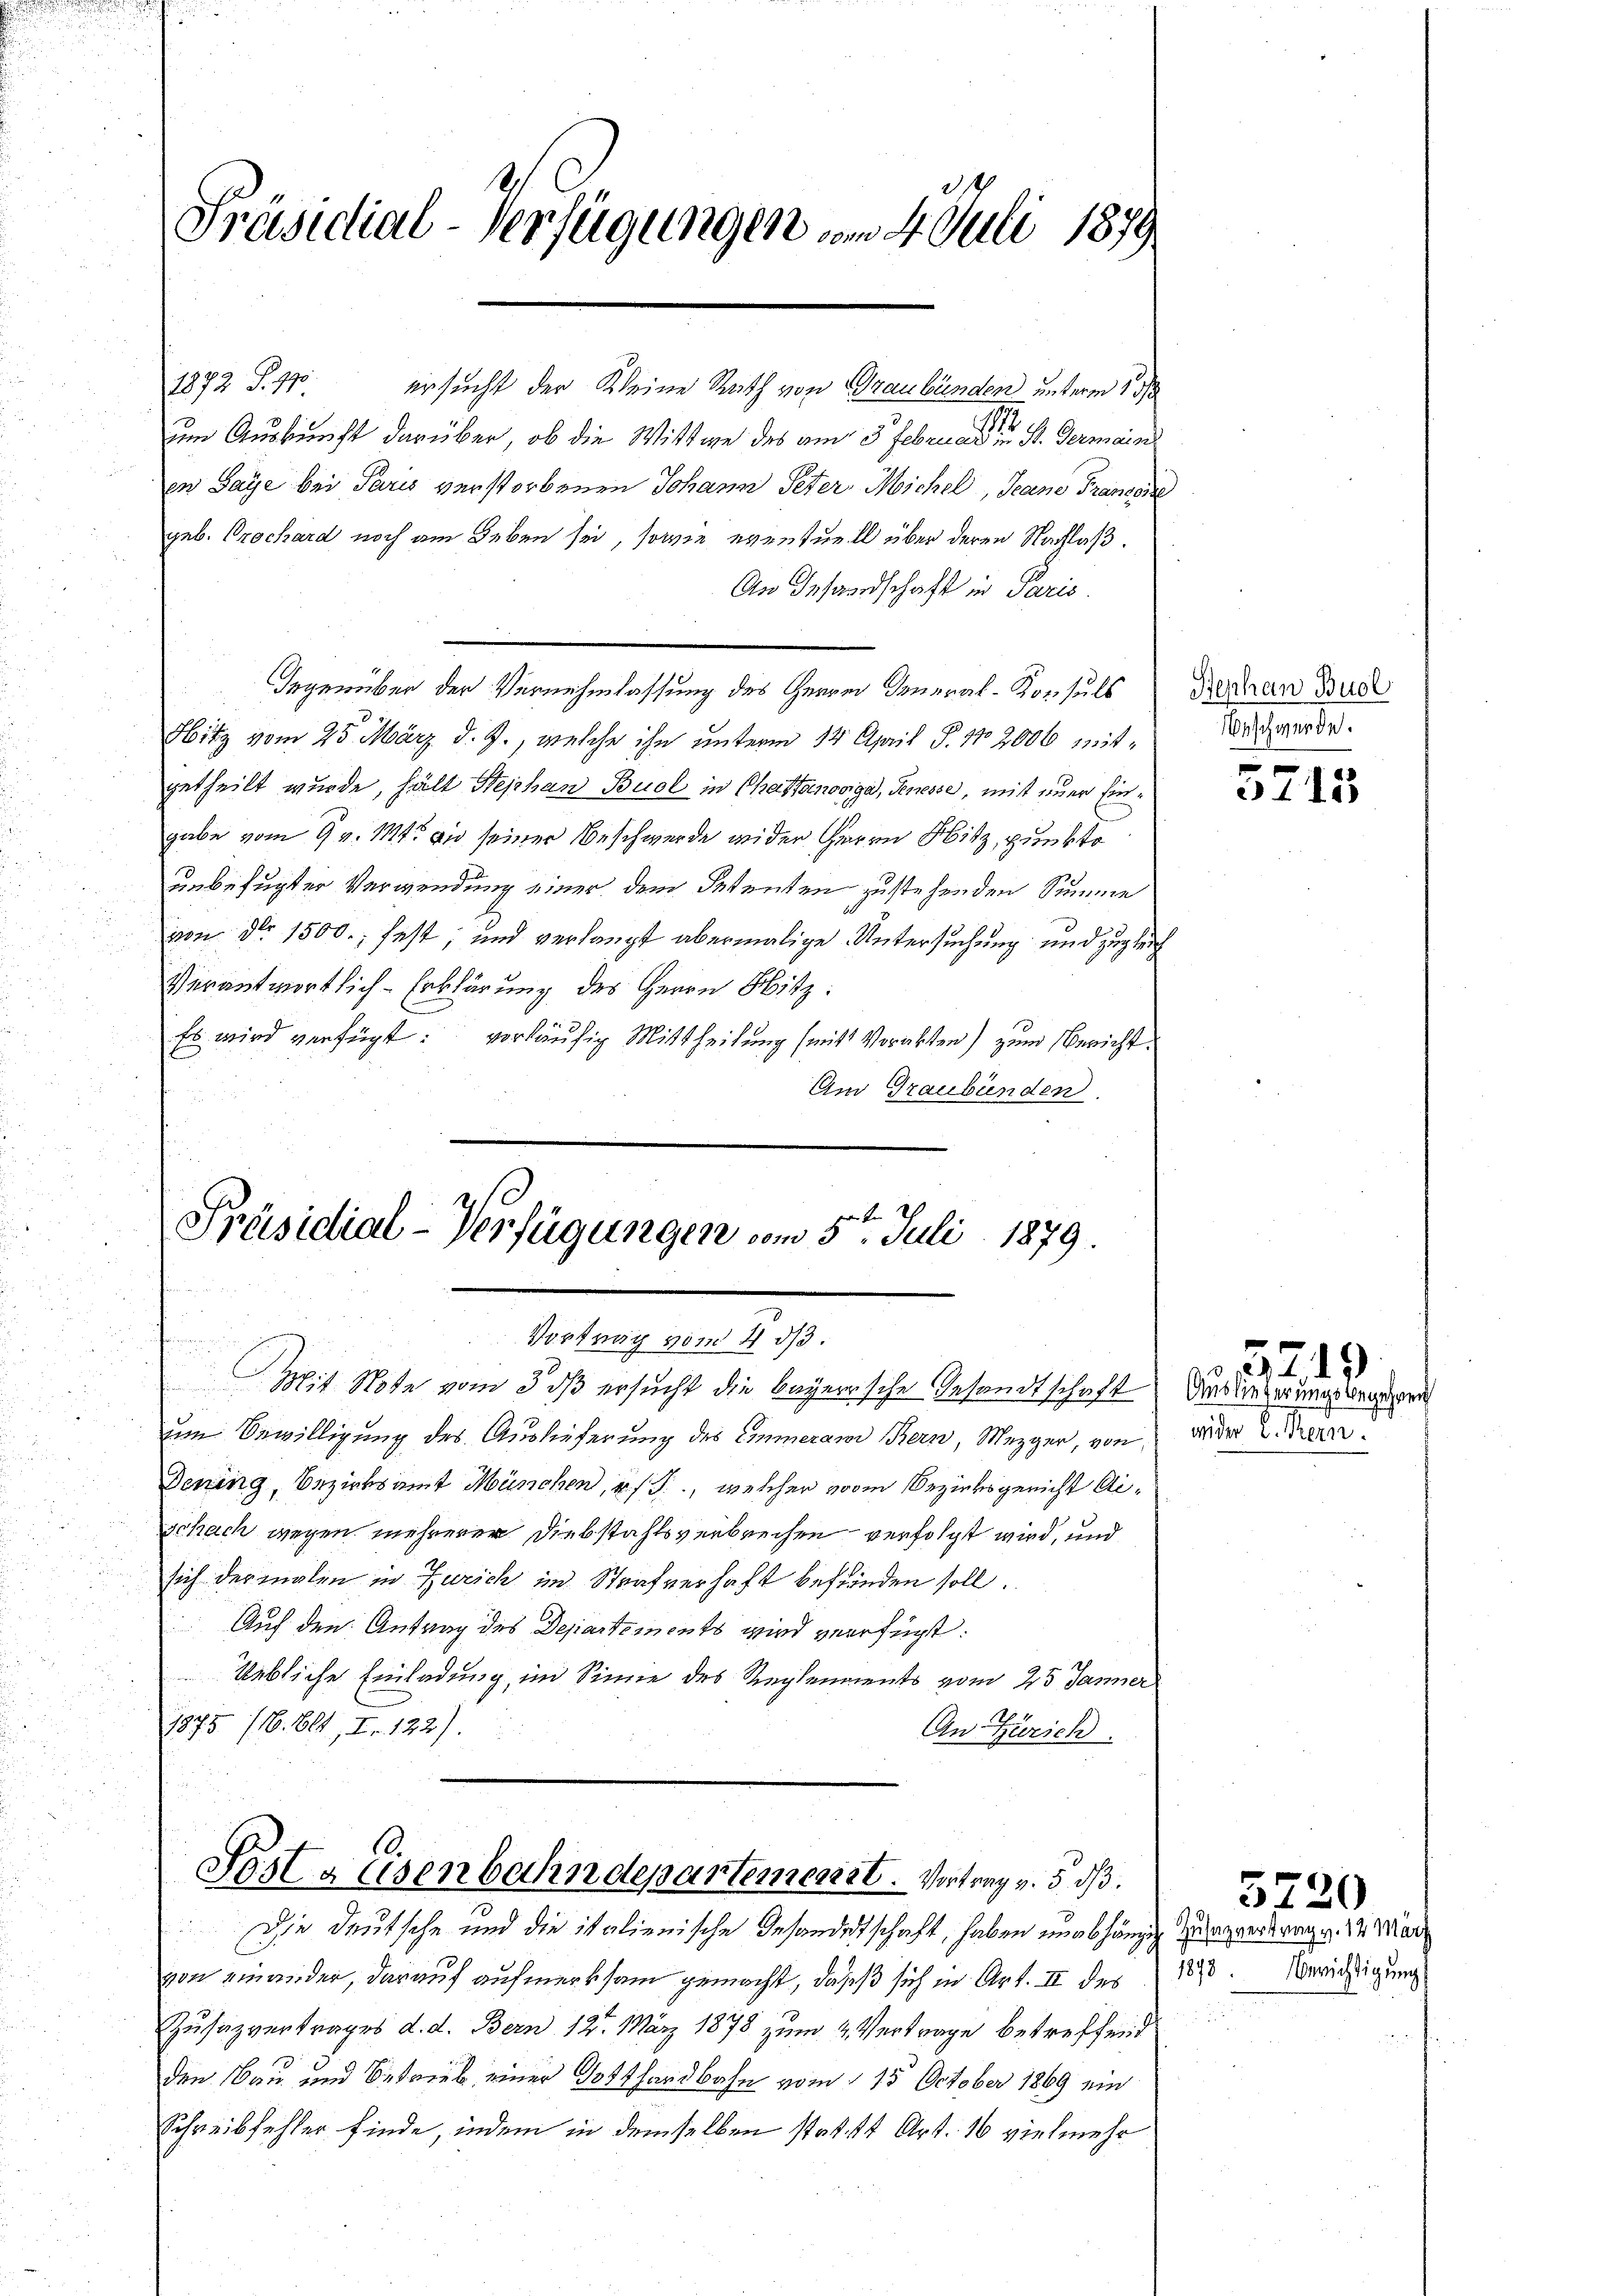
Präsidial-Verfügungen vom 4. Juli 1879

1872 S. 11 ersucht der Kleine Rath von Graubünden unterm 13
um Auskunft darüber, ob die Wittwe des am 5. Februar die St. Germain
en Gaye bei Paris verstorbenen Johann Peter Michel, Jeano Transpie
geb. Prochard noch am Leben sei, sowie eventuell über deren Nachlaß.
An Gesandschaft in Paris.
Gegenüber der Vernehmlassung des Herrn General-Konsuls
Hitz vom 25. März d. J., welche ihn unterm 14. April P. Nr. 2006 mitgetheilt wurde, hält Stephan Buol in Chatsanoviga, Genesse, mit einer Eingabe vom 9. v. 111 und seiner Beschwerde wider Herrn Fitz, punkto
unbefugter Verwendung einer dem Petenten zustehenden Summe
von Nr. 1500. fest; und verlangt abermalige Untersuchung und zugleich
Verantwortlich-Erklärung des Herrn Hitz:
Es wird verfügt: vorläufig Mittheilung (mit Vorabsten) zum Bericht
Am Graubünden.

Präsidial-Verfügungen vom 5ten Juli 1879
Vortrag vom 4. ds.

Mit Note vom 3. dβ ersucht die bayerische Gesandtschaft
um Bewilligung des Auslieferung des Emmeram Bern, Mezger, von
Dening, Bezirksamt München, v. J., welcher vom Bezirksgericht Ai¬
Schach wegen mehrerer Diebstahlsverbrechen verfolgt wird, und
sich dermalen in Zürich im Strafverhaft befinden soll.
Auf den Antrag des Departements wird verfügt:
Uebliche Einladung, im Sinne des Reglements vom 25 Jänner
1875. 116. 611, I. 122).
An Zürich.

Posts Eisenbahndepartemenst. Vortrag v. 5. dß.

Die Deutsche und die italienische Gesandertschaft, haben unabhängig zu vertrag v. 14 März

von einander, darauf aufmerksam gemacht, dass sich in Art. II des 18
Zusäzvertrages d. d. Bern 12. März 1878 zum 4 Vertrage betreffend
den Bau und Betrieb einer Gotthardbahn vom 15. October 1869 ein
Schreibfehler finde, indem in demselben statt Art. 16 vielmehr

Rephan Buol
Beschwerde.

Auslieferungsbegehren
wider L. Kern

f
115

5219.

5720

Berichtigung